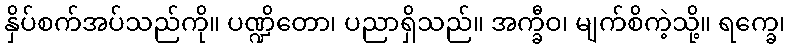
နှိပ်စက်အပ်သည်ကို။ ပဏ္ဍိတော၊ ပညာရှိသည်။ အက္ခီဝ၊ မျက်စိကဲ့သို့။ ရက္ခေ၊